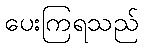
ပေးကြရသည်